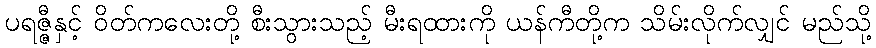
ပရဇ္ဇီနှင့် ဝိတ်ကလေးတို့ စီးသွားသည့် မီးရထားကို ယန်ကီတို့က သိမ်းလိုက်လျှင် မည်သို့